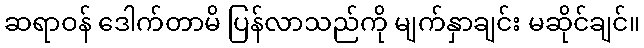
ဆရာဝန် ဒေါက်တာမိ ပြန်လာသည်ကို မျက်နှာချင်း မဆိုင်ချင်။